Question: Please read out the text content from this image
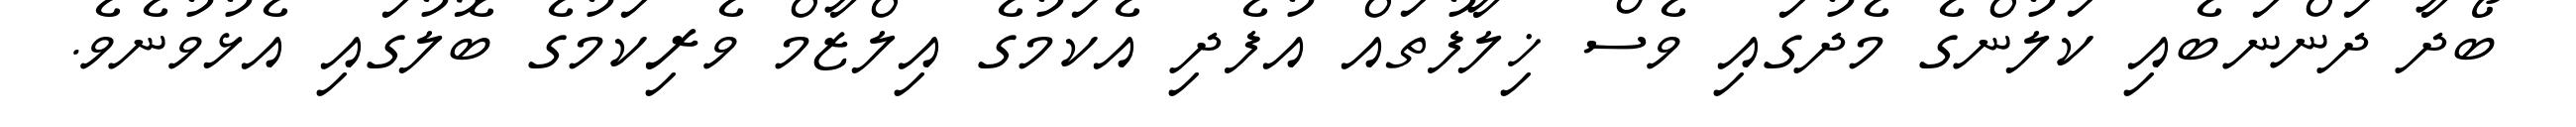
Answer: ބޯދާ ދަންނަބެއި ކަލުންގެ މެދުގައި ވެސް ޚިލާފުތައް އުފެދި އެކަމުގެ އިލްޒާމް ވެރިކަމުގެ ބޮލުގައި އެޅުވުނެވެ.